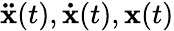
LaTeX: \mathbf{\ddot{x}}(t),\mathbf{\dot{x}}(t),\mathbf{x}(t)